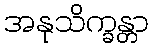
အနုသိက္ခန္တာ